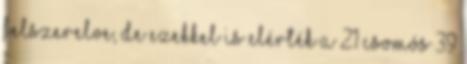
felszerelve, de ezekkel is elérték a 21 csomós 39